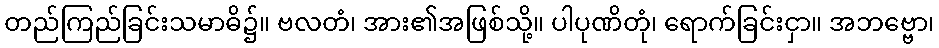
တည်ကြည်ခြင်းသမာဓိ၌။ ဗလတံ၊ အား၏အဖြစ်သို့။ ပါပုဏိတုံ၊ ရောက်ခြင်းငှာ။ အဘဗ္ဗော၊